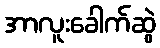
အာလူးခေါက်ဆွဲ